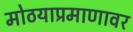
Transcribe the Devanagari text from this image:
मोठयाप्रमाणावर